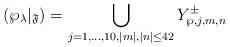
LaTeX: \begin{align*}(\wp_\lambda|_{\frak{F}})= \bigcup_{j=1,\ldots,10,|m|,|n|\le 42} Y^{\pm}_{\wp,j,m,n}\end{align*}